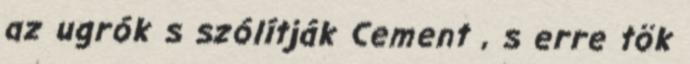
az ugrók s szólítják Cement , s erre tök